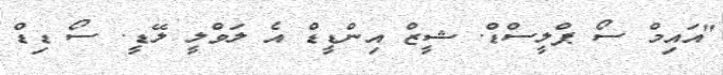
"އައިމް ސޯ ޕްލީސްޑް. ޝީޒް އިންޑީޑް އެ ލަވްލީ ލޭޑީ. ސޯ ޑިޑް